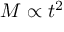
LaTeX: M \propto t ^ { 2 }